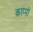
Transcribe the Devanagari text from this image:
काप्पो